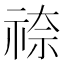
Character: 𮁿